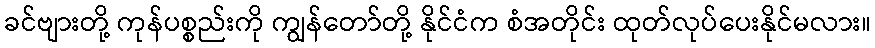
ခင်ဗျားတို့ ကုန်ပစ္စည်းကို ကျွန်တော်တို့ နိုင်ငံက စံအတိုင်း ထုတ်လုပ်ပေးနိုင်မလား။